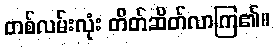
တစ်လမ်းလုံး တိတ်ဆိတ်လာကြ၏။